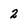
Character: 2